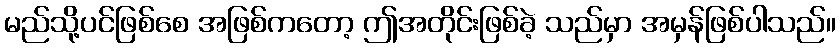
မည်သို့ပင်ဖြစ်စေ အဖြစ်ကတော့ ဤအတိုင်းဖြစ်ခဲ့ သည်မှာ အမှန်ဖြစ်ပါသည်။